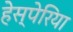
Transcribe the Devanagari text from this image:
हेस्पेरिया